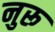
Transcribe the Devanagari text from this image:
नुरू